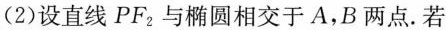
(2)设直线PF_{2}，与椭圆相交于A，B两点.若